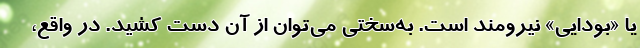
یا «بودایی» نیرومند است. به‌سختی می‌توان از آن دست کشید. در واقع،